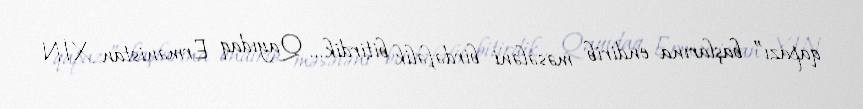
qapazı” başlarına endirib məsələni birdəfəlik bitirdik... Qayıdaq Ermənistan XİN